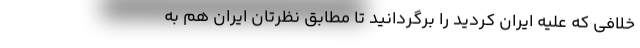
خلافی که علیه ایران کردید را برگردانید تا مطابق نظرتان ایران هم به